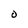
Character: O